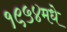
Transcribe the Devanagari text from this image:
१९५४मधे